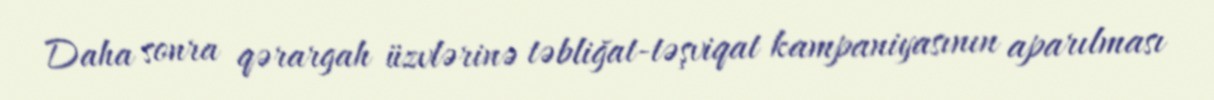
Daha sonra qərargah üzvlərinə təbliğat-təşviqat kampaniyasının aparılması